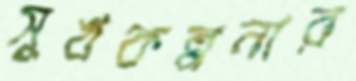
সুখকল্পনার